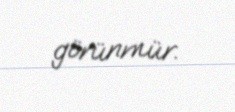
görünmür.